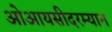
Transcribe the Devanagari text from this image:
ओआयसीदरम्यान